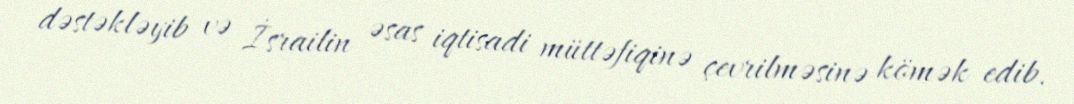
dəstəkləyib və İsrailin əsas iqtisadi müttəfiqinə çevrilməsinə kömək edib.